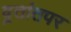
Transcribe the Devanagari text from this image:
व्रतांतपर